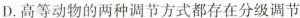
D.高等动物的两种调节方式都存在分级调节